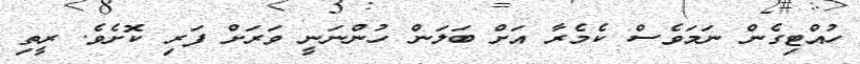
ހުއްޓިގެން ނަމަވެސް ކެމެރާ އަށް ބަލަން ހުންނަނީ ވަރަށް ފަރި ކޮށެވެ. ރީތި